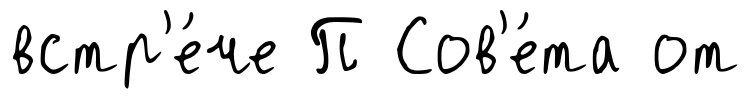
встр'е́че П Сов'е́та от